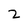
Character: 2